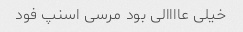
خیلی عاااالی بود مرسی اسنپ فود